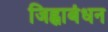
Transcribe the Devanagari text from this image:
जिह्वाबंधन